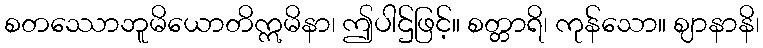
စတဿောဘူမိယောတိဣမိနာ၊ ဤပါဌ်ဖြင့်။ စတ္တာရိ၊ ကုန်သော။ ဈာနာနိ၊